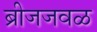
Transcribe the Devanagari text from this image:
ब्रीजजवळ